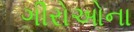
ગીરોઓના